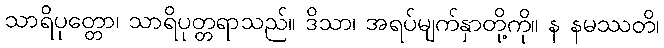
သာရိပုတ္တော၊ သာရိပုတ္တရာသည်။ ဒိသာ၊ အရပ်မျက်နှာတို့ကို။ န နမဿတိ၊